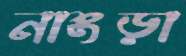
নাংড়া